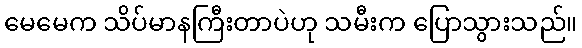
မေမေက သိပ်မာနကြီးတာပဲဟု သမီးက ပြောသွားသည်။